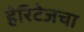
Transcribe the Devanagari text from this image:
हेरिटेजचा